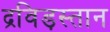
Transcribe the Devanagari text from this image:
द्रविड़स्तान